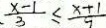
、 \frac { x - 1 } { 3 } \leq \frac { x + 1 } { 9 }